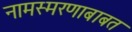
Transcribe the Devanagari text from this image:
नामस्मरणाबाबत